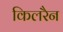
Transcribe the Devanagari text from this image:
किलरैन